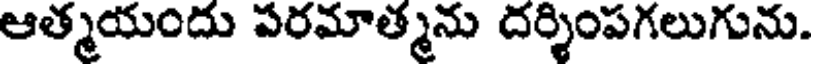
ఆత్మయందు పరమాత్మను దర్శింపగలుగును.